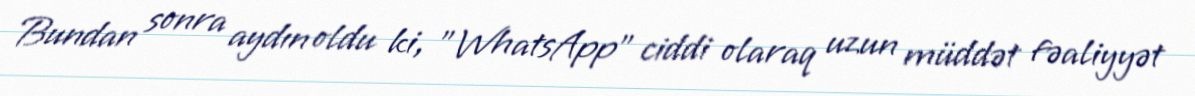
Bundan sonra aydın oldu ki, "WhatsApp" ciddi olaraq uzun müddət fəaliyyət